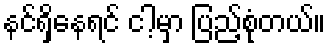
နင်ရှိနေရင် ငါ့မှာ ပြည့်စုံတယ်။